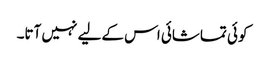
کوئی تماشائی اس کےلیے نہیں آتا۔